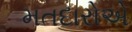
મતદારોએ